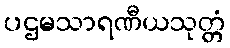
ပဌမသာရဏီယသုတ္တံ